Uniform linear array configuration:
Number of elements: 16
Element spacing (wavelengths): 1
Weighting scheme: binomial
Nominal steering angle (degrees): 60
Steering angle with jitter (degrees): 58.636
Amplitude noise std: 0.05
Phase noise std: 0.05

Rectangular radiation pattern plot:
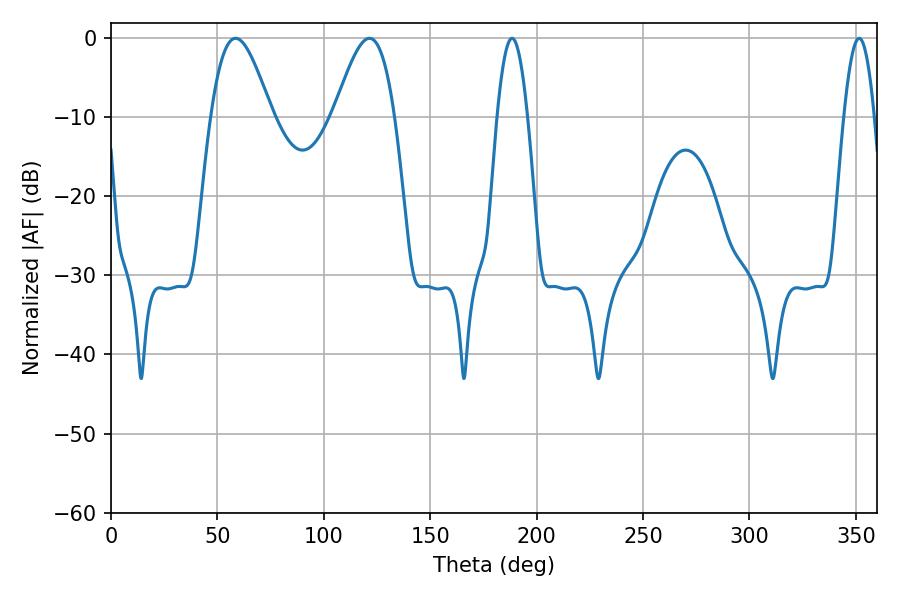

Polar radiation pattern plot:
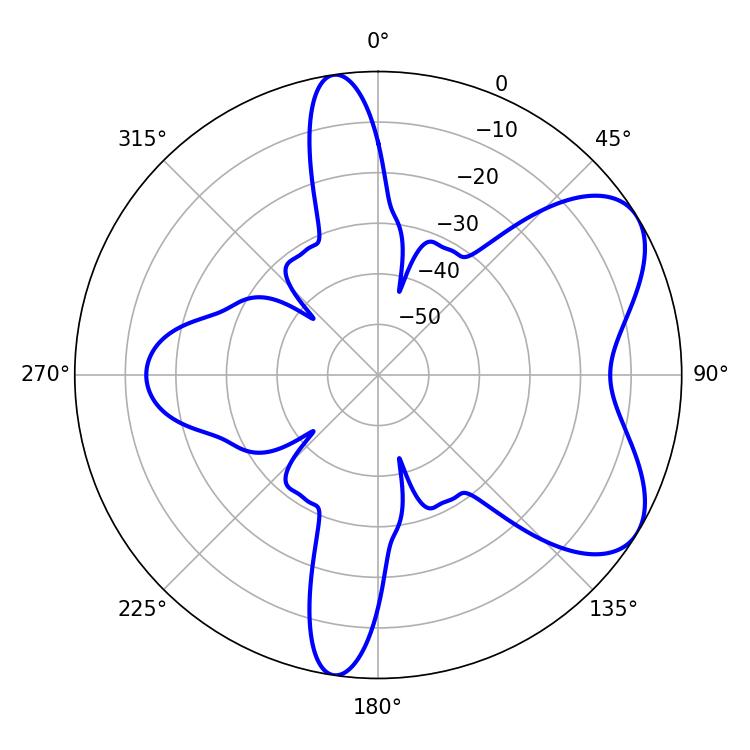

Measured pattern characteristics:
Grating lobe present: TRUE
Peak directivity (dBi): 6.336
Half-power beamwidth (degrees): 7.74
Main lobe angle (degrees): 188.46